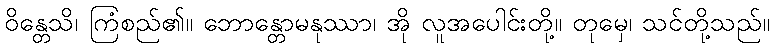
ဝိန္တေသိ၊ ကြံစည်၏။ ဘောန္တောမနုဿာ၊ အို လူအပေါင်းတို့။ တုမှေ၊ သင်တို့သည်။